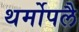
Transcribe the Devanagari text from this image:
थर्मोपलै